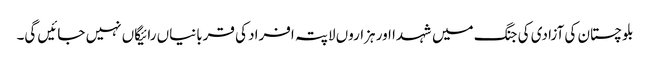
بلوچستان کی آزادی کی جنگ میں شہدا اور ہزاروں لاپتہ افراد کی قربانیاں رائیگاں نہیں جائیں گی۔